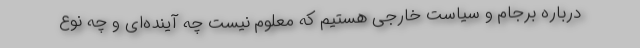
درباره برجام و سیاست خارجی هستیم که معلوم نیست چه آینده‌ای و چه نوع